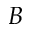
B